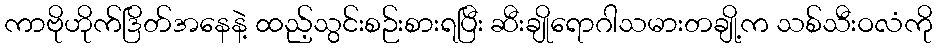
ကာဗိုဟိုက်ဒြိတ်အနေနဲ့ ထည့်သွင်းစဉ်းစားရပြီး ဆီးချိုရောဂါသမားတချို့က သစ်သီးဝလံကို